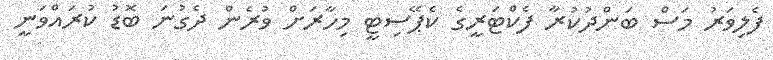
ފެލިވަރު މަސް ބަންދުކުރާ ފެކްޓަރީގެ ކެޕޭސިޓީ މިހާރަށް ވުރެން ދެގުނަ ބޮޑު ކުރައްވަނީ